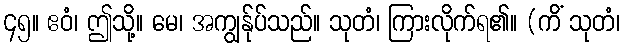
၄၅။ ဧဝံ၊ ဤသို့။ မေ၊ အကျွန်ုပ်သည်။ သုတံ၊ ကြားလိုက်ရ၏။ (ကိံ သုတံ၊